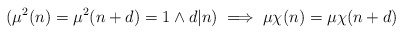
\begin{align*}(\mu^2(n)=\mu^2(n+d)=1 \wedge d|n) \implies \mu \chi(n) = \mu \chi(n+d)\end{align*}